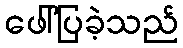
ဖေါ်ပြခဲ့သည်